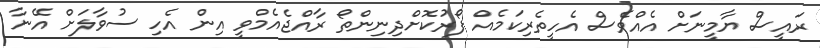
ރައީސް ޔާމީނަށް އެއްވެސް އެހީތެރިކަމެއް ފޯރުކޮށްދިނިންތޯ ރާއްޖެއެމްވީ އިން އެހި ސުވާލަށް އޭނާ